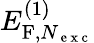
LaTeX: E_{\mathrm{F},N_{\mathrm{~e~x~c~}}}^{(1)}